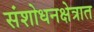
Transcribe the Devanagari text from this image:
संशोधनक्षेत्रात